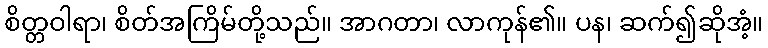
စိတ္တဝါရာ၊ စိတ်အကြိမ်တို့သည်။ အာဂတာ၊ လာကုန်၏။ ပန၊ ဆက်၍ဆိုအံ့။